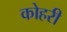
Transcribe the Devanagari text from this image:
कोहरी